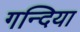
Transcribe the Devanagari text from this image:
गन्दिया